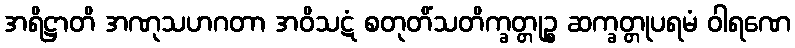
အရိဋ္ဌာတိ အဏုသဟဂတာ အဝိသဋံ စတုတိံသတိက္ခတ္တုဉ္စ ဆက္ခတ္တုပရမံ ဝါရဏေ